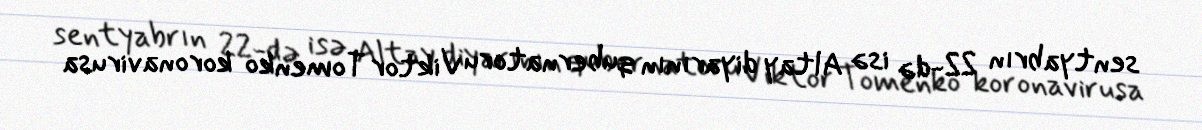
sentyabrın 22-də isə Altay diyarının qubernatoru Viktor Tomenko koronavirusa